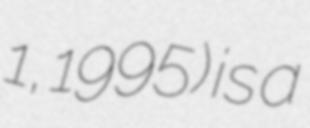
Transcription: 1, 1995) is a